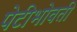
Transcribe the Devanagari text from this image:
पेटीभोवती